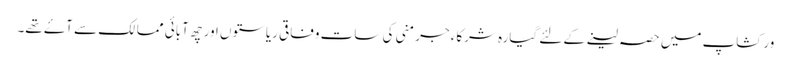
ورکشاپ میں حصہ لینے کے لئے گیارہ شرکاء جرمنی کی سات وفاقی ریاستوں اور چھ آبائی ممالک سے آۓ تھے۔